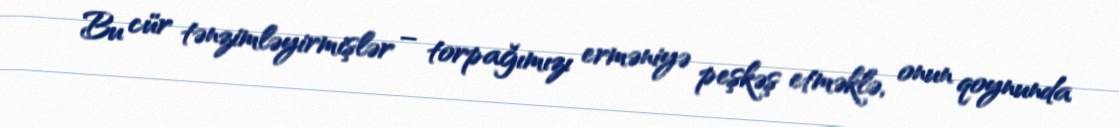
Bu cür tənzimləyirmişlər – torpağımızı erməniyə peşkəş etməklə, onun qoynunda